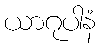
ယာဂုပါနံ